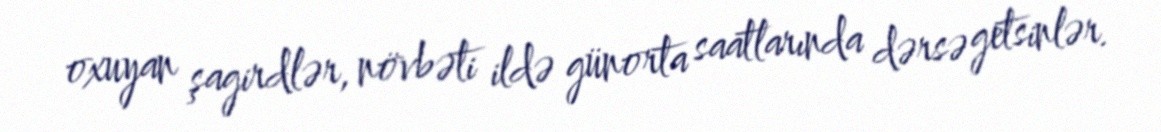
oxuyan şagirdlər, növbəti ildə günorta saatlarında dərsə getsinlər.